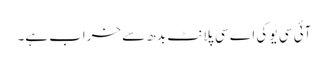
آئی سی یو کی اے سی پلانٹ بدھ سے خراب ہے۔